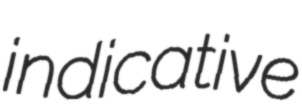
indicative